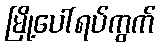
မြို့ပေါ်ရပ်ကွက်